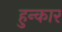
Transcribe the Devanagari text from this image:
हुन्कार